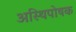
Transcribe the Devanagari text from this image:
अस्थिपोषक